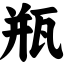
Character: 瓶